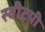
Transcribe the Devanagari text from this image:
स्वीटपी